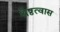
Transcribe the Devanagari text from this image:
श्रेष्ठत्वास